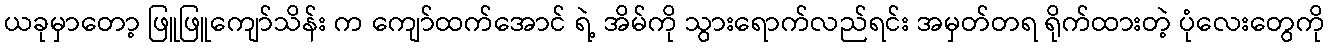
ယခုမှာတော့ ဖြူဖြူကျော်သိန်း က ကျော်ထက်အောင် ရဲ့ အိမ်ကို သွားရောက်လည်ရင်း အမှတ်တရ ရိုက်ထားတဲ့ ပုံလေးတွေကို